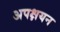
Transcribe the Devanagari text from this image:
अपक्षयन